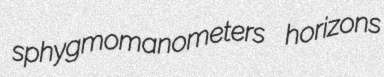
sphygmomanometers horizons